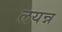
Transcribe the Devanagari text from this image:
लयन्न